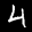
Label: 4